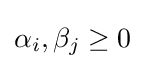
\alpha _{i},\beta _{j}\geq 0